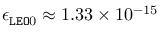
\epsilon _ { { \tt L E O } 0 } \approx 1 . 3 3 \times 1 0 ^ { - 1 5 }